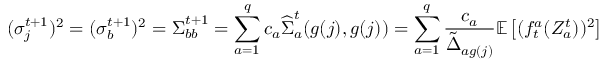
( \sigma _ { j } ^ { t + 1 } ) ^ { 2 } = ( \sigma _ { b } ^ { t + 1 } ) ^ { 2 } = \boldsymbol { \Sigma } _ { b b } ^ { t + 1 } = \sum _ { a = 1 } ^ { q } c _ { a } \widehat { \boldsymbol { \Sigma } } _ { a } ^ { t } ( g ( j ) , g ( j ) ) = \sum _ { a = 1 } ^ { q } \frac { c _ { a } } { \tilde { \boldsymbol { \Delta } } _ { a g ( j ) } } \mathbb { E } \left[ ( f _ { t } ^ { a } ( Z _ { a } ^ { t } ) ) ^ { 2 } \right]